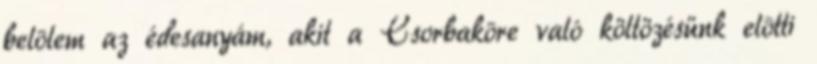
belõlem az édesanyám, akit a Csorbakõre való költözésünk elõtti